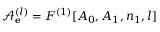
\mathcal { A } _ { \bf e } ^ { ( l ) } = F ^ { ( 1 ) } [ A _ { 0 } , A _ { 1 } , n _ { 1 } , l ]